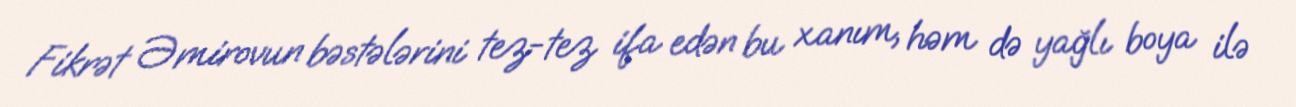
Fikrət Əmirovun bəstələrini tez-tez ifa edən bu xanım, həm də yağlı boya ilə